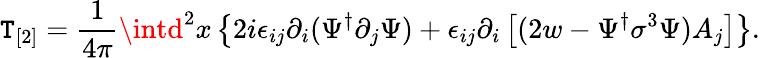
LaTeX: \mathtt{T}_{[2]}=\frac{{1}}{{4\pi}}\intd^{2}x\left\{ 2i\epsilon_{ij}\partial_{i}(\Psi^{\dagger}\partial_{j}\Psi)+\epsilon_{ij}\partial_{i}\left[(2w-\Psi^{\dagger}\sigma^{3}\Psi)A_{j}\right]\right\} .